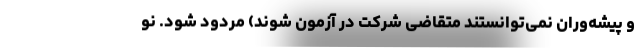
و پیشه‌وران نمی‌توانستند متقاضی شرکت در آزمون شوند) مردود شود. نو